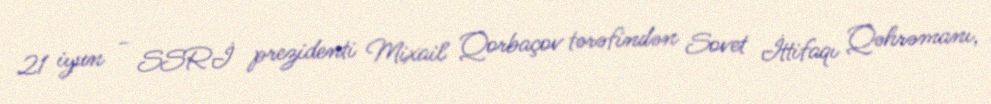
21 iyun - SSRİ prezidenti Mixail Qorbaçov tərəfindən Sovet İttifaqı Qəhrəmanı,